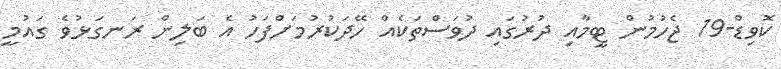
ކޮވިޑް-19 ޖެހުމުން ޓީމާއި ދުރުގައި ދުވަސްތަކެއް ހޭދަކުރުމަށްފަހު އެ ބަލިން ރަނގަޅުވެ ގައުމީ